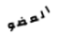
العضو